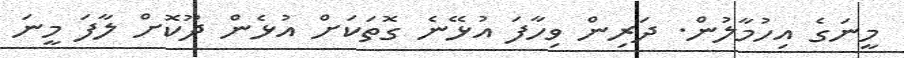
މީނަގެ އިހުމާލުން. ދަރިން ވިހާފަ އުޅޭނެ ގޮތަކަށް އުޅެން ދޫކޮށް ލާފަ މީނަ